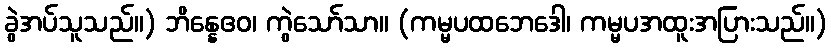
ခွဲအပ်သူသည်။) ဘိန္နေဧဝ၊ ကွဲသော်သာ။ (ကမ္မပထဘေဒေါ၊ ကမ္မပအထူးအပြားသည်။)